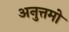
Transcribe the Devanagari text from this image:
अनुत्तमो